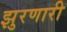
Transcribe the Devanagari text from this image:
झुरणारी